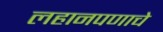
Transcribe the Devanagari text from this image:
लहानपणाचे